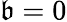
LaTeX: \mathfrak{b}=0